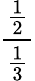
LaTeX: \frac{\frac{1}{2}}{\frac{1}{3}}